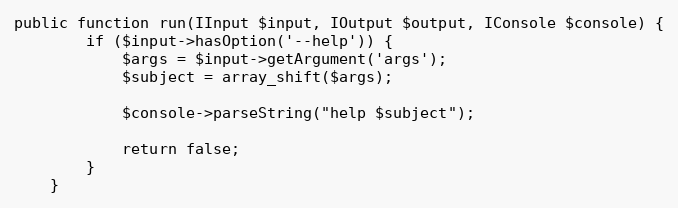
Language: PHP
public function run(IInput $input, IOutput $output, IConsole $console) {
        if ($input->hasOption('--help')) {
            $args = $input->getArgument('args');
            $subject = array_shift($args);

            $console->parseString("help $subject");

            return false;
        }
    }